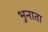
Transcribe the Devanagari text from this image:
भुनाता